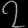
Digit: ၇